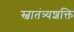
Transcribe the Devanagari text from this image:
स्वातंत्र्यशक्ति